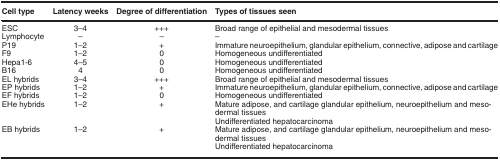
| Cell type | Latency weeks | Degree of differentiation | Types of tissues seen |
 | --- | --- | --- | --- |
 | ESC | 3–4 | +++ | Broad range of epithelial and mesodermal tissues |
 | Lymphocyte | – | – | – |
 | P19 | 1–2 | + | Immature neuroepithelium, glandular epithelium, connective, adipose and cartilage |
 | F9 | 1–2 | 0 | Homogeneous undifferentiated |
 | Hepa1-6 | 4–5 | 0 | Homogeneous undifferentiated |
 | B16 | 4 | 0 | Homogeneous undifferentiated |
 | EL hybrids | 3–4 | +++ | Broad range of epithelial and mesodermal tissues |
 | EP hybrids | 1–2 | + | Immature neuroepithelium, glandular epithelium, connective, adipose and cartilage |
 | EF hybrids | 1–2 | 0 | Homogeneous undifferentiated |
 | EHe hybrids | 1–2 | + | Mature adipose, and cartilage glandular epithelium, neuroepithelium and mesodermal tissuesUndifferentiated hepatocarcinoma |
 | EB hybrids | 1–2 | + | Mature adipose, and cartilage glandular epithelium, neuroepithelium and mesodermal tissuesUndifferentiated hepatocarcinoma |